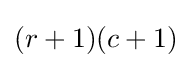
(r+1)(c+1)